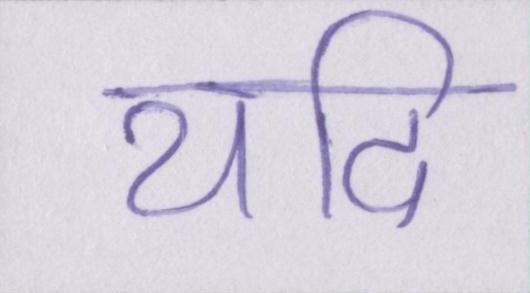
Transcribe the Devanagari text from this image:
यदि